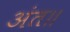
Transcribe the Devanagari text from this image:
अंत॥